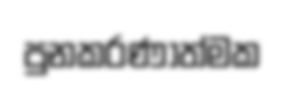
පුනකරණාත්මක